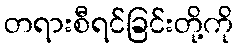
တရားစီရင်ခြင်းတို့ကို